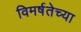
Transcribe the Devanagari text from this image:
विमर्षतेच्या